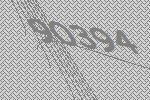
90394